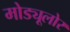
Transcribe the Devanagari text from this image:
मोड्यूलोर